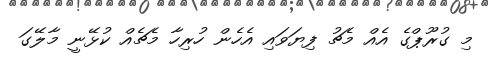
މި ގުރޫޕްގެ އެއް މެޗު ފިޔަވައި އެހެން ހުރިހާ މެޗެއް ކުޅޭނީ މާލޭގަ